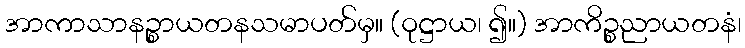
အာကာသာနဉ္စာယတနသမာပတ်မှ။ (ဝုဋ္ဌာယ၊ ၍။) အာကိဉ္စညာယတနံ၊